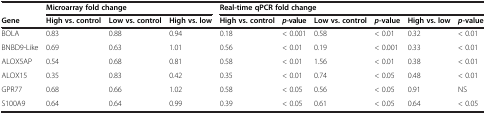
<table><thead><tr><td></td><td colspan="3"><b>Microarray fold change</b></td><td colspan="6"><b>Real-time qPCR fold change</b></td></tr><tr><td><b>Gene</b></td><td><b>High vs. control</b></td><td><b>Low vs. control</b></td><td><b>High vs. low</b></td><td><b>High vs. control</b></td><td><b><i>p</i>-value</b></td><td><b>Low vs. control</b></td><td><b><i>p</i>-value</b></td><td><b>High vs. low</b></td><td><b><i>p</i>-value</b></td></tr></thead><tbody><tr><td>BOLA</td><td>0.83</td><td>0.88</td><td>0.94</td><td>0.18</td><td>&lt; 0.001</td><td>0.58</td><td>&lt; 0.01</td><td>0.32</td><td>&lt; 0.01</td></tr><tr><td>BNBD9-Like</td><td>0.69</td><td>0.63</td><td>1.01</td><td>0.56</td><td>&lt; 0.01</td><td>0.19</td><td>&lt; 0.001</td><td>0.33</td><td>&lt; 0.01</td></tr><tr><td>ALOX5AP</td><td>0.54</td><td>0.68</td><td>0.81</td><td>0.58</td><td>&lt; 0.01</td><td>1.56</td><td>&lt; 0.01</td><td>0.38</td><td>&lt; 0.01</td></tr><tr><td>ALOX15</td><td>0.35</td><td>0.83</td><td>0.42</td><td>0.35</td><td>&lt; 0.01</td><td>0.74</td><td>&lt; 0.05</td><td>0.48</td><td>&lt; 0.01</td></tr><tr><td>GPR77</td><td>0.68</td><td>0.66</td><td>1.02</td><td>0.58</td><td>&lt; 0.05</td><td>0.56</td><td>&lt; 0.05</td><td>0.91</td><td>NS</td></tr><tr><td>S100A9</td><td>0.64</td><td>0.64</td><td>0.99</td><td>0.39</td><td>&lt; 0.05</td><td>0.61</td><td>&lt; 0.05</td><td>0.64</td><td>&lt; 0.05</td></tr></tbody></table>